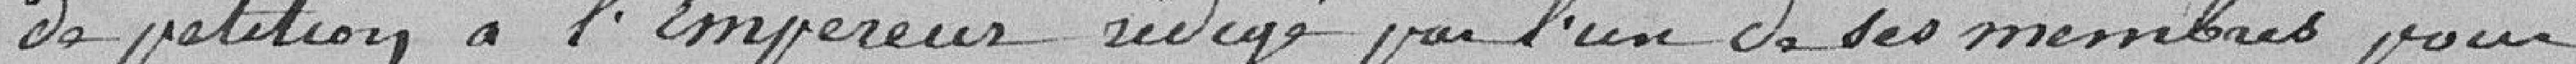
de pétition à l'Empereur rédigé par l'un de ses membres pour